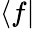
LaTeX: \langle f\vert